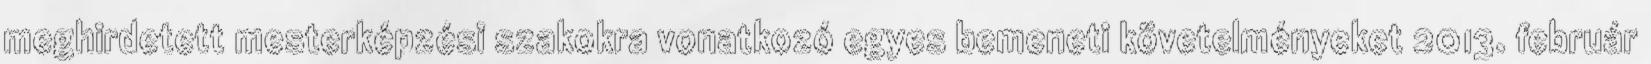
meghirdetett mesterképzési szakokra vonatkozó egyes bemeneti követelményeket 2013. február